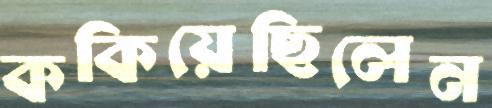
ককিয়েছিলেন